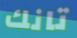
تانك